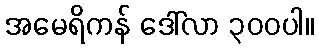
အမေရိကန် ဒေါ်လာ ၃၀၀ပါ။